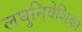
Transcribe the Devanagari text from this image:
लघुनिवेशिका